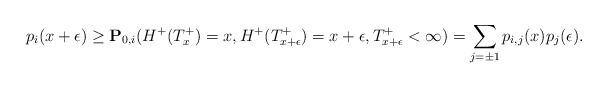
\begin{align*}p_{i}(x+\epsilon)\geq \mathbf{P}_{0,i}(H^+(T_{x}^+)=x,H^+(T_{x+\epsilon}^+)=x+\epsilon,T_{x+\epsilon}^+<\infty)=\sum_{j= \pm1}p_{i,j}(x)p_j(\epsilon) .\end{align*}